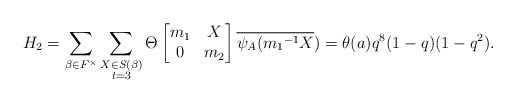
\begin{align*} H_2=\displaystyle \sum_{\beta \in F^{\times}} \sum_{\substack{X\in S(\beta) \\ t=3 }}\Theta \begin{bmatrix} m_1 & X\\0 & m_2\end{bmatrix}\overline{\psi_A({m_1}^{-1}X})=\theta(a)q^8(1-q)(1-q^2).\end{align*}